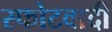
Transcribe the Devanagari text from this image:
स्फोटवादी